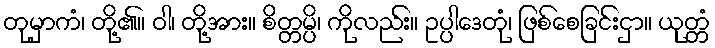
တုမှာကံ၊ တို့၏။ ဝါ၊ တို့အား။ စိတ္တမ္ပိ၊ ကိုလည်း။ ဥပ္ပါဒေတုံ၊ ဖြစ်စေခြင်းငှာ။ ယုတ္တံ